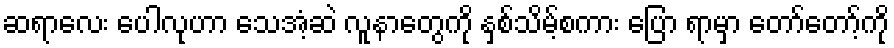
ဆရာလေး ပေါလုဟာ သေအံ့ဆဲ လူနာတွေကို နှစ်သိမ့်စကား ပြော ရာမှာ တော်တော့်ကို